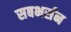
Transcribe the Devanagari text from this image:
सबभर्सन